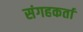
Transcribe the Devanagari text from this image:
संगहकर्ता